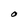
Character: O